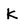
Character: K